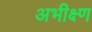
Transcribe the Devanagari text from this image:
अभीक्ष्ण